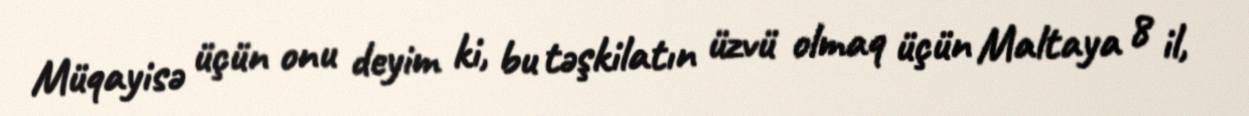
Müqayisə üçün onu deyim ki, bu təşkilatın üzvü olmaq üçün Maltaya 8 il,